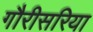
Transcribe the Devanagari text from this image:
गौरीसरिया